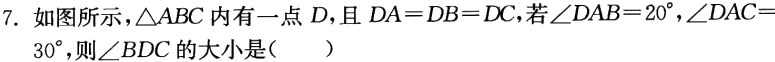
7. 如图所示，\(\triangle ABC\)内有一点\(D\)，且\(DA = DB = DC\)，若\(\angle DAB = 20^{\circ}\)，\(\angle DAC = 30^{\circ}\)，则\(\angle BDC\)的大小是（  ）